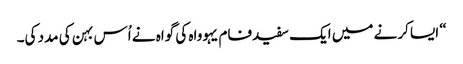
‏“‏ ایسا کرنے میں ایک سفیدفام یہوواہ کی گواہ نے اُس بہن کی مدد کی۔